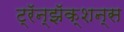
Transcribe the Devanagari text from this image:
ट्रॅन्झॅक्शन्स